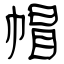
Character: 帽